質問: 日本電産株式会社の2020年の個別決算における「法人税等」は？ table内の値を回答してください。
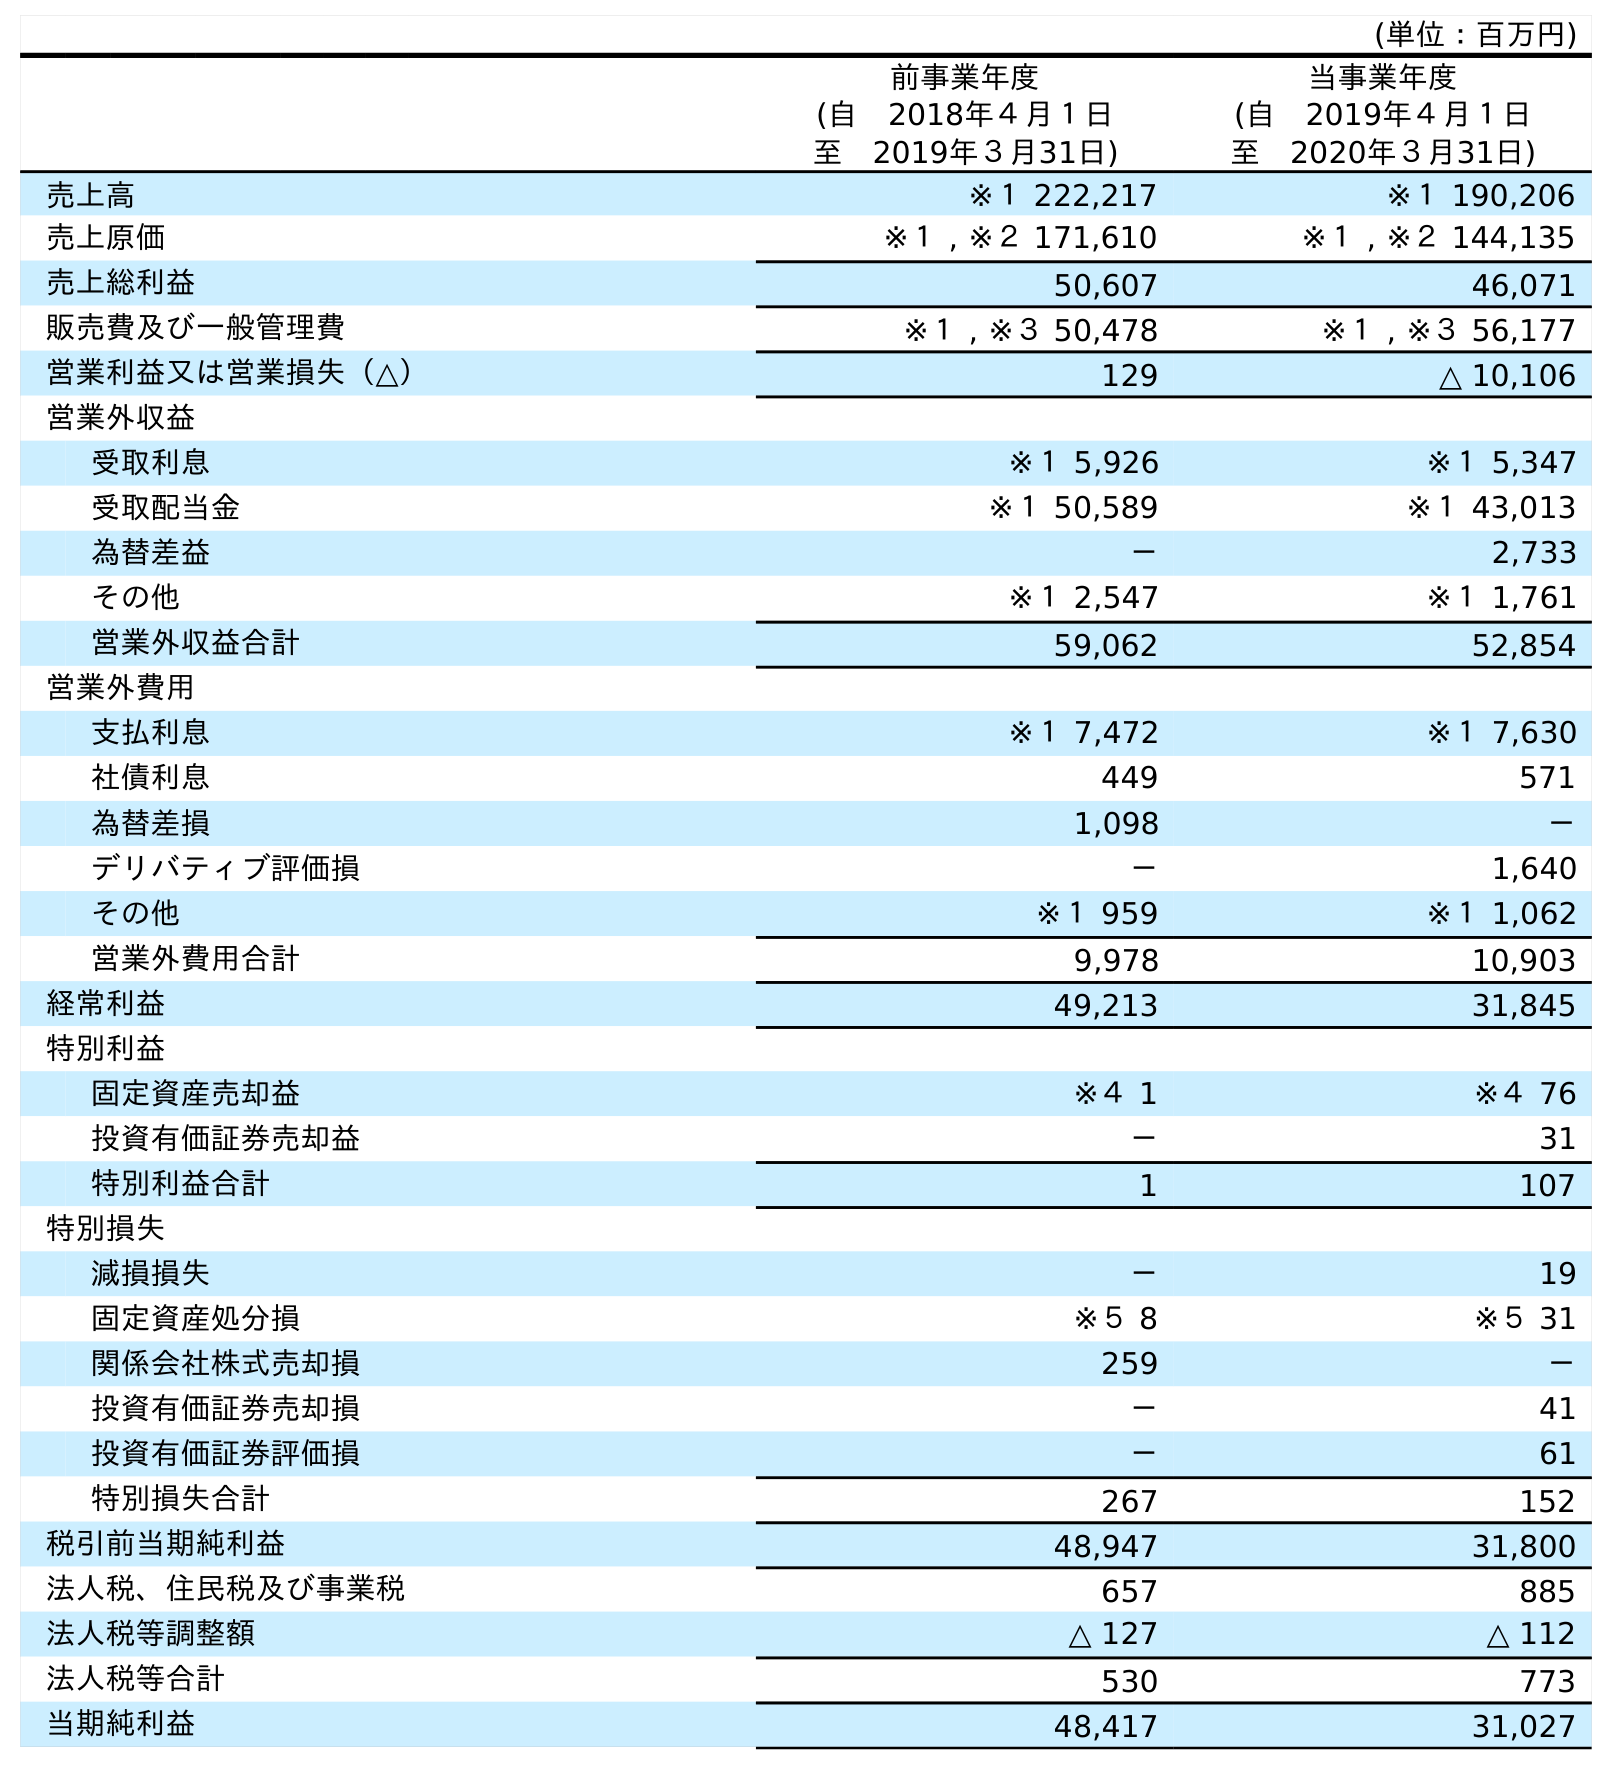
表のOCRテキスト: (単位：百万円) 前事業年度 (自 2018年４月１日 至 2019年３月31日) 当事業年度 (自 2019年４月１日 至 2020年３月31日) 売上高 ※１ 222,217 ※１ 190,206 売上原価 ※１ , ※２ 171,610 ※１ , ※２ 144,135 売上総利益 50,607 46,071 販売費及び一般管理費 ※１ , ※３ 50,478 ※１ , ※３ 56,177 営業利益又は営業損失（△） 129 △ 10,106 営業外収益 受取利息 ※１ 5,926 ※１ 5,347 受取配当金 ※１ 50,589 ※１ 43,013 為替差益 － 2,733 その他 ※１ 2,547 ※１ 1,761 営業外収益合計 59,062 52,854 営業外費用 支払利息 ※１ 7,472 ※１ 7,630 社債利息 449 571 為替差損 1,098 － デリバティブ評価損 － 1,640 その他 ※１ 959 ※１ 1,062 営業外費用合計 9,978 10,903 経常利益 49,213 31,845 特別利益 固定資産売却益 ※４ 1 ※４ 76 投資有価証券売却益 － 31 特別利益合計 1 107 特別損失 減損損失 － 19 固定資産処分損 ※５ 8 ※５ 31 関係会社株式売却損 259 － 投資有価証券売却損 － 41 投資有価証券評価損 － 61 特別損失合計 267 152 税引前当期純利益 48,947 31,800 法人税、住民税及び事業税 657 885 法人税等調整額 △ 127 △ 112 法人税等合計 530 773 当期純利益 48,417 31,027
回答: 773